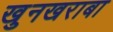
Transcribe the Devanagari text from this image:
खुनखराबा